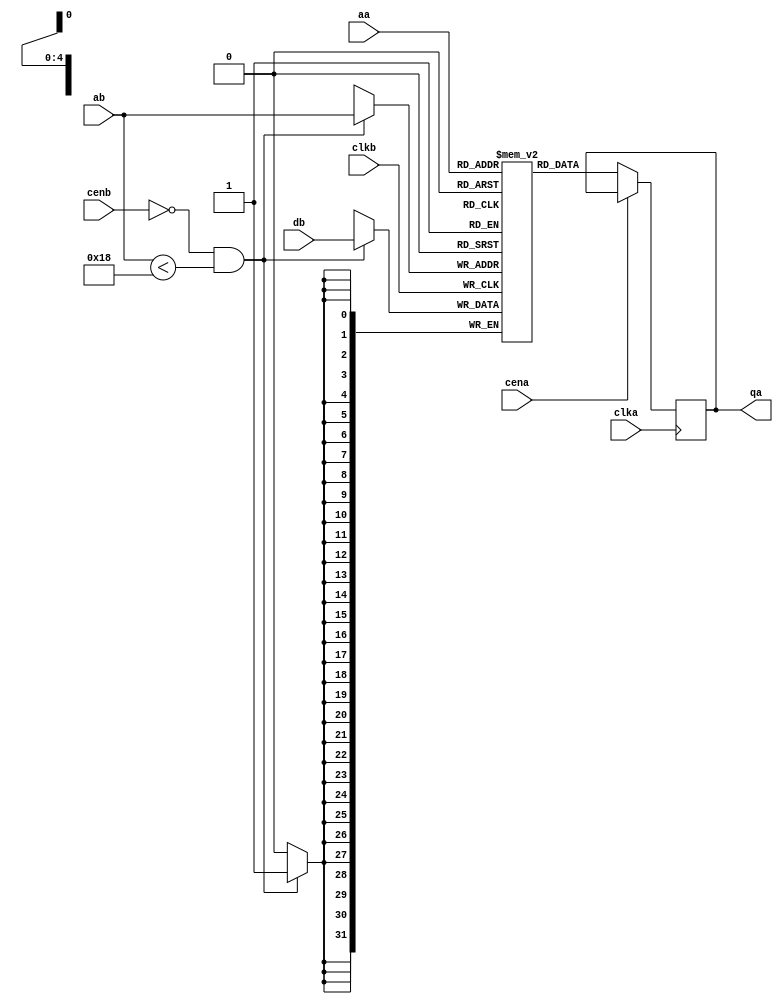
// Copyright (c) 2018  Lulinchen, All Rights Reserved
// AUTHOR'S EMAIL : lulinchen@aliyun.com 
// Release history
// VERSION Date AUTHOR DESCRIPTION

module bhv_1w1r_sram #
	(
	parameter  WWORD = 32,
	parameter  WADDR =  5,
	parameter  DEPTH = 24
	)
	(
	input						clka,
	output reg		[WWORD-1:0]	qa,
	input			[WADDR-1:0]	aa,
	input						cena,
	input						clkb,
	input			[WWORD-1:0]	db,
	input			[WADDR-1:0]	ab,
	input						cenb
	);
	reg				[WWORD-1:0]	mem[0:((1<<WADDR)-1)];
	
	always @(posedge clka) if (!cena) qa <= #0.5 mem[aa];
	always @(posedge clkb) if (!cenb && ab < DEPTH) mem[ab] <= #0.5 db;
endmodule